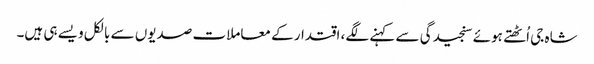
شاہ جی اُٹھتے ہوئے سنجیدگی سے کہنے لگے، اقتدار کے معاملات صدیوں سے بالکل ویسے ہی ہیں۔